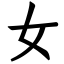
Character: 女